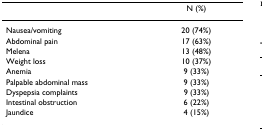
<table><thead><tr><td></td><td><b>N (%)</b></td></tr></thead><tbody><tr><td>Nausea/vomiting</td><td>20 (74%)</td></tr><tr><td>Abdominal pain</td><td>17 (63%)</td></tr><tr><td>Melena</td><td>13 (48%)</td></tr><tr><td>Weight loss</td><td>10 (37%)</td></tr><tr><td>Anemia</td><td>9 (33%)</td></tr><tr><td>Palpable abdominal mass</td><td>9 (33%)</td></tr><tr><td>Dyspepsia complaints</td><td>9 (33%)</td></tr><tr><td>Intestinal obstruction</td><td>6 (22%)</td></tr><tr><td>Jaundice</td><td>4 (15%)</td></tr></tbody></table>